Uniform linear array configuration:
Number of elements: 64
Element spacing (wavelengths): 0.5
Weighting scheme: exponential
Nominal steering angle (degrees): -30
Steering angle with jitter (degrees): -31.216
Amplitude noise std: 0.05
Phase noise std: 0.05

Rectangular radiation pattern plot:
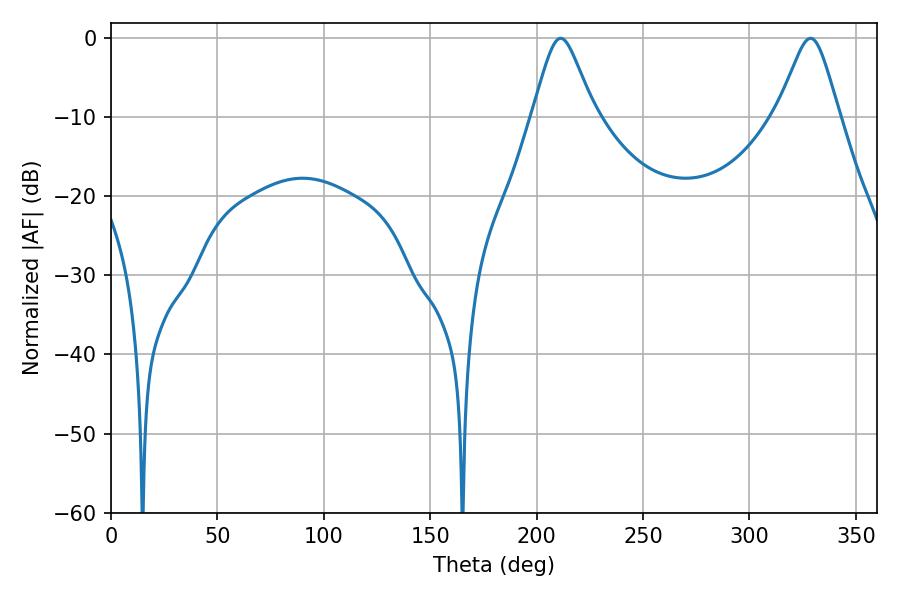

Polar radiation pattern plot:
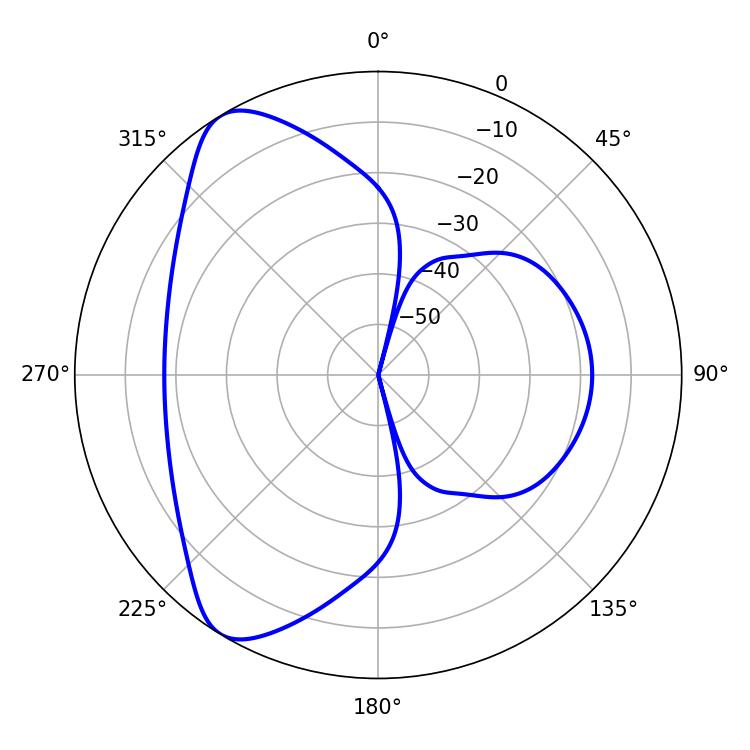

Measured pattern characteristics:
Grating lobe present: FALSE
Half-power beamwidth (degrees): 13.86
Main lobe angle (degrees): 211.32